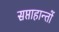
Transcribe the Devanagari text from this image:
सप्ताहान्तों